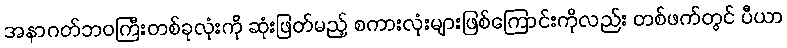
အနာဂတ်ဘဝကြီးတစ်ခုလုံးကို ဆုံးဖြတ်မည့် စကားလုံးများဖြစ်ကြောင်းကိုလည်း တစ်ဖက်တွင် ပီယာ